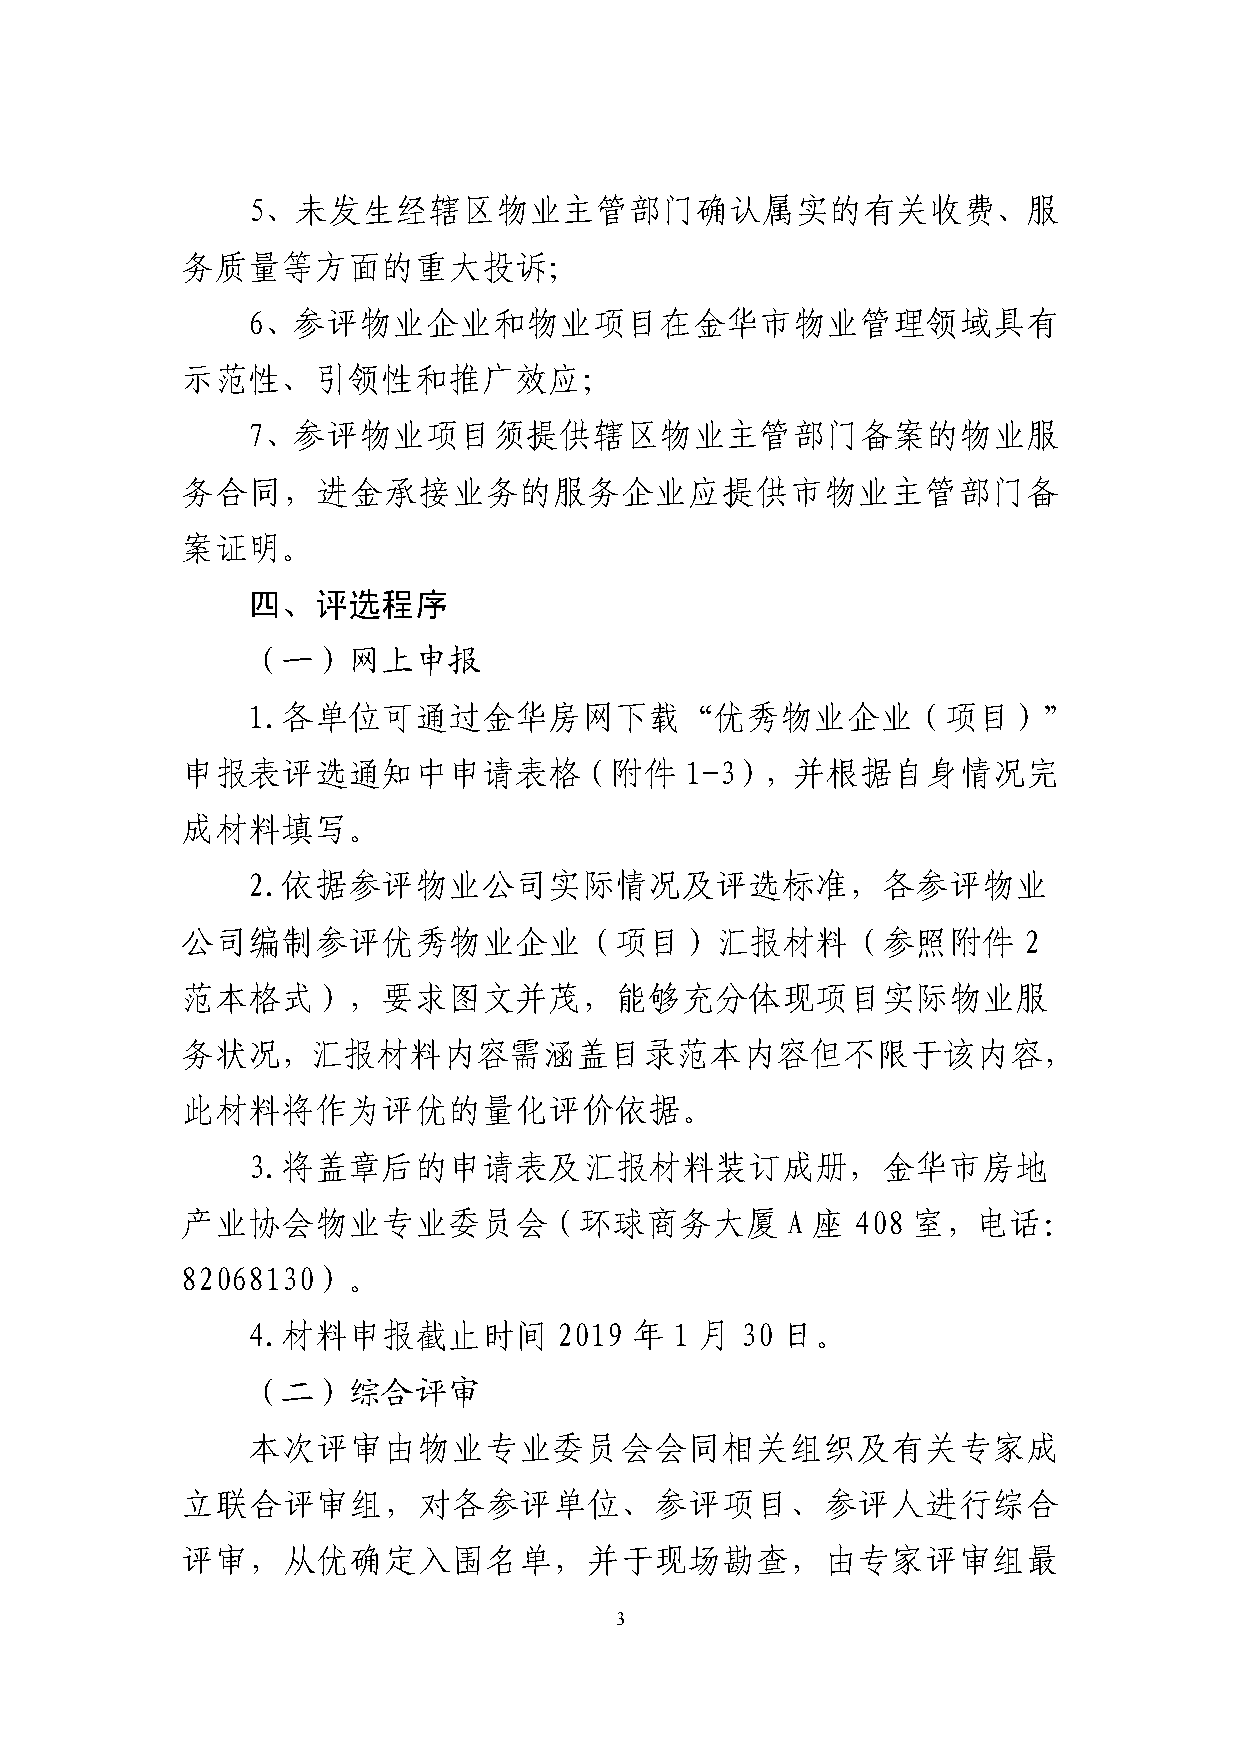
5、未发生经辖区物业主管部门确认属实的有关收费、服
 务质量等方面的重大投诉；
 6、参评物业企业和物业项目在金华市物业管理领域具有
 示范性、引领性和推广效应；
 7、参评物业项目须提供辖区物业主管部门备案的物业服
 务合同，进金承接业务的服务企业应提供市物业主管部门备
 案证明。
 四、评选程序
 （一）网上申报
 1.各单位可通过金华房网下载“优秀物业企业（项目）”
 申报表评选通知中申请表格（附件                  1-3），并根据自身情况完
 成材料填写。
 2.依据参评物业公司实际情况及评选标准，各参评物业
 公司编制参评优秀物业企业（项目）汇报材料（参照附件                               2
 范本格式），要求图文并茂，能够充分体现项目实际物业服
 务状况，汇报材料内容需涵盖目录范本内容但不限于该内容，
 此材料将作为评优的量化评价依据。
 3.将盖章后的申请表及汇报材料装订成册，金华市房地
 产业协会物业专业委员会（环球商务大厦                      A 座  408 室，电话：
 82068130）。
 4.材料申报截止时间           2019 年  1 月 30 日。
 （二）综合评审
 本次评审由物业专业委员会会同相关组织及有关专家成
 立联合评审组，对各参评单位、参评项目、参评人进行综合
 评审，从优确定入围名单，并于现场勘查，由专家评审组最
 3